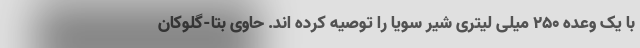
با یک وعده 250 میلی لیتری شیر سویا را توصیه کرده اند. حاوی بتا-گلوکان